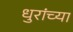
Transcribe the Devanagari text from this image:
धुरांच्या